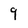
Character: 9